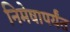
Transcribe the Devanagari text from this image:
निमेषापर्यंत